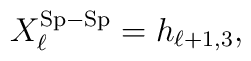
X_{\ell}^{\rm Sp-Sp} = h_{\ell+1,3},